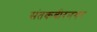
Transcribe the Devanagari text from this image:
संतकबीरनगर